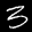
Label: 3